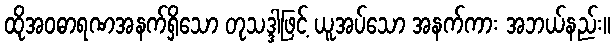
ထိုအဝဓာရဏအနက်ရှိသော တုသဒ္ဒါဖြင့် ယူအပ်သော အနက်ကား အဘယ်နည်း။